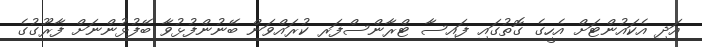
އަދި އެކައުންޓަށް އެހީގެ ގޮތުގައި ފައިސާ ޓްރާންސްފަރ ކުރައްވަން ބޭނުންފުޅުވާ ބޭފުޅުންނަށް ފާރޫގުގެ